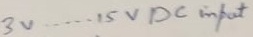
Text: 3V.....15V DC input